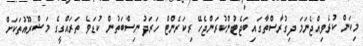
މިކަން ކުރެވިއްޖެނަމަ ދިގުރާސްތާގައި ބަޖެޓުންކުރަންޖެހޭ ރިކަރެންޓް ހަރަދު ނިސްބަތުން ކުޑަވެ ތަރައްގީގެ މަޝްރޫއުތަކަށް